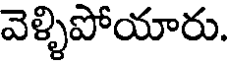
వెళ్ళిపోయారు.